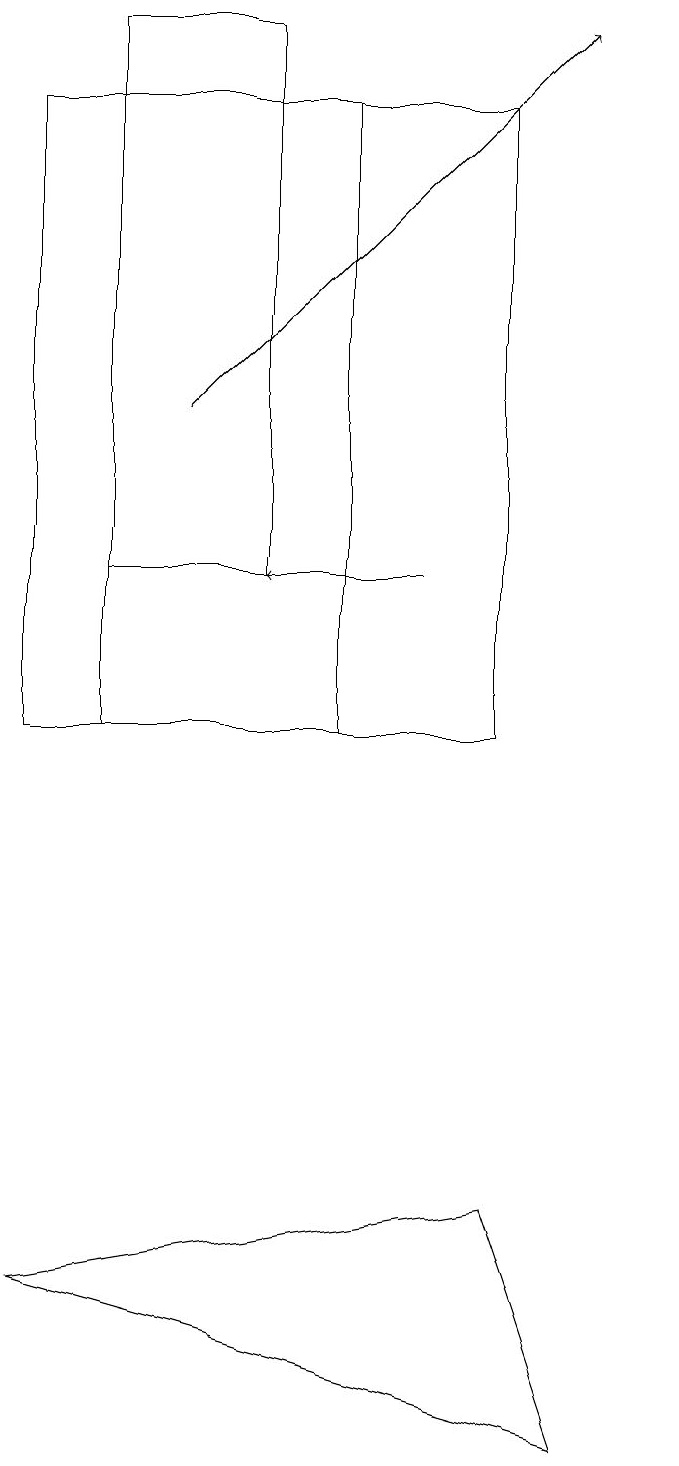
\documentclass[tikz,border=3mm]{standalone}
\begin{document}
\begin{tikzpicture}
\draw (5,19) rectangle (3,12);
\draw (6,18) rectangle (3,10);
\draw[->] (7,12) -- (5,12);
\draw (2,18) rectangle (8,10);
\draw[->] (4,14) -- (9,19);
\draw (2,3) -- (9,1) -- (8,4) -- cycle;
\draw (10,12) circle (0);
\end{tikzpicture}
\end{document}